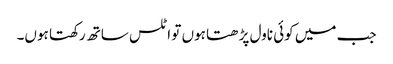
جب میں کوئی ناول پڑھتا ہوں تو اٹلس ساتھ رکھتا ہوں۔